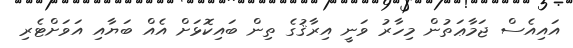
އައިއެސް ޖަމާޢަތުން މިހާރު ވަނީ އިރާޤުގެ ތިން ބައިކޮޅަށް އެއް ބަޔާއި އަވަށްޓެރި